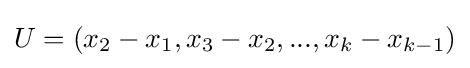
U=(x_{2}-x_{1},x_{3}-x_{2},...,x_{k}-x_{k-1})